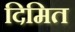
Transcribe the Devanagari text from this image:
दिमित